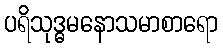
ပရိသုဒ္ဓမနောသမာစာရော